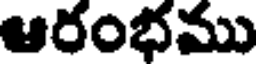
ఆరంభము